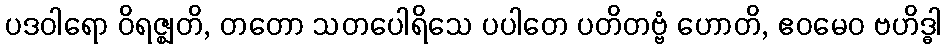
ပဒဝါရော ဝိရဇ္ဈတိ, တတော သတပေါရိသေ ပပါတေ ပတိတဗ္ဗံ ဟောတိ, ဧဝမေဝ ဗဟိဒ္ဓါ